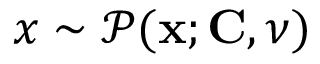
x \sim \mathcal { P } ( { \bf x } ; { \bf C } , \nu )